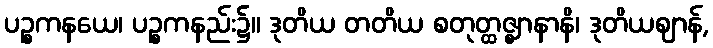
ပဉ္စကနယေ၊ ပဉ္စကနည်း၌။ ဒုတိယ တတိယ စတုတ္ထဇ္ဈာနာနိ၊ ဒုတိယဈာန်,